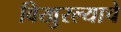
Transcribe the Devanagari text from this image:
विखुरल्याचे